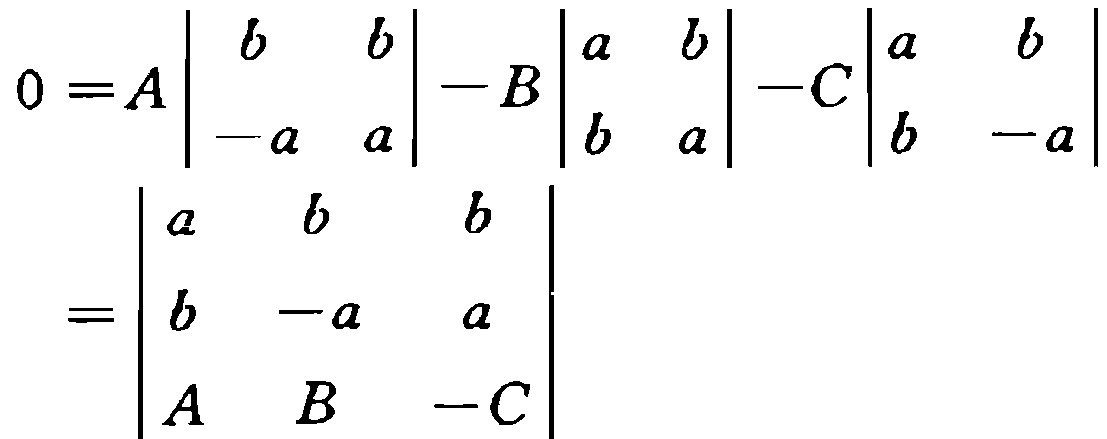
\[

\begin{align*}

0&=A\begin{vmatrix}

b&b\\

-a&a

\end{vmatrix}-B\begin{vmatrix}

a&b\\

b&a

\end{vmatrix}-C\begin{vmatrix}

a&b\\

b&-a

\end{vmatrix}\\

&=\begin{vmatrix}

a&b&b\\

b&-a&a\\

A&B&-C

\end{vmatrix}

\end{align*}

\]